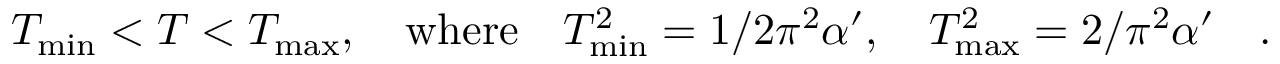
T _ { \mathrm { m i n } } < T < T _ { \mathrm { m a x } } , \quad \mathrm { w h e r e } \quad T _ { \mathrm { m i n } } ^ { 2 } = 1 / 2 \pi ^ { 2 } \alpha ^ { \prime } , \quad T _ { \mathrm { m a x } } ^ { 2 } = 2 / \pi ^ { 2 } \alpha ^ { \prime } \quad .